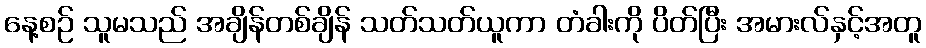
နေ့စဉ် သူမသည် အချိန်တစ်ချိန် သတ်သတ်ယူကာ တံခါးကို ပိတ်ပြီး အမားလ်နှင့်အတူ